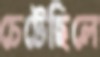
চেটেছিলে